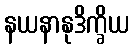
နယနာနုဒိက္ခိယ